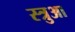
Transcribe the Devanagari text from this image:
स्त्रुआ